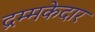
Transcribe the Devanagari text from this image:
द्रम्मकेदार